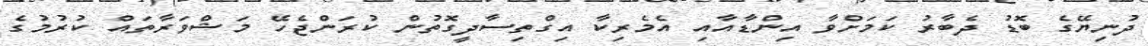
ދުނިޔޭގެ ބޮޑު ދެބާރު ކަމަށްވާ އިންޑާއާއި އެމެރިކާ އިގްތިސާދީގޮތުން ކުރަންޖެހޭ މަޝްވަރާތައް ކުރުމުގެ